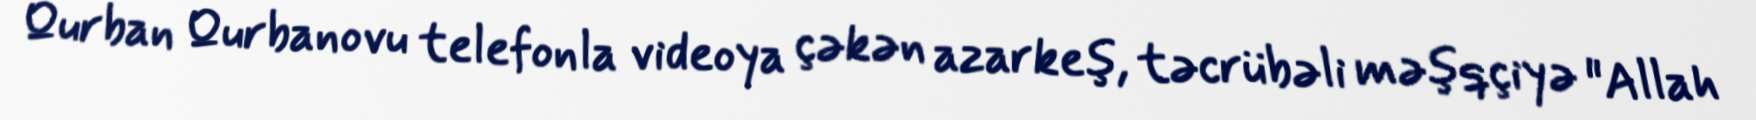
Qurban Qurbanovu telefonla videoya çəkən azarkeş, təcrübəli məşqçiyə "Allah